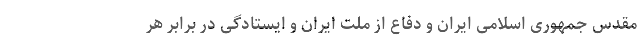
مقدس جمهوری اسلامی ایران و دفاع از ملت ایران و ایستادگی در برابر هر